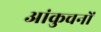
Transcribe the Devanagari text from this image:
आंकुचनों